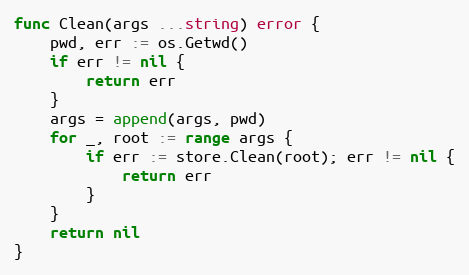
Language: Go
func Clean(args ...string) error {
	pwd, err := os.Getwd()
	if err != nil {
		return err
	}
	args = append(args, pwd)
	for _, root := range args {
		if err := store.Clean(root); err != nil {
			return err
		}
	}
	return nil
}